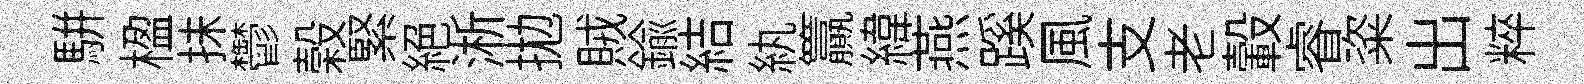
駢楹抺鬱榖緊絕淅拋賊鍮結紈籯緯燕蹊風支老轂睿粢出粹